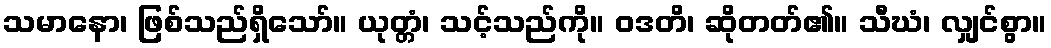
သမာနော၊ ဖြစ်သည်ရှိသော်။ ယုတ္တံ၊ သင့်သည်ကို။ ဝဒတိ၊ ဆိုတတ်၏။ သီဃံ၊ လျှင်စွာ။